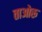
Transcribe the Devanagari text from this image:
ताओरू